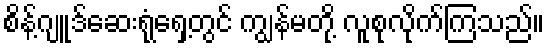
စိန့်ဂျူဒ်ဆေးရုံရှေ့တွင် ကျွန်မတို့ လူစုလိုက်ကြသည်။